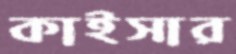
কাইসার